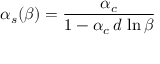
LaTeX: \alpha _ { s } ( \beta ) = \frac { \alpha _ { c } } { 1 - \alpha _ { c } \, d \, \ln \beta }